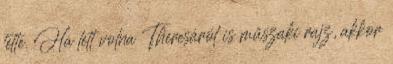
tette. Ha lett volna Theresáról is műszaki rajz, akkor